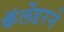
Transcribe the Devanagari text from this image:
कॅलेंडरने